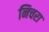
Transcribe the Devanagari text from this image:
निचरा